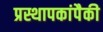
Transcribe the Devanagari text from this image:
प्रस्थापकांपैकी